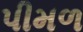
પીમળ